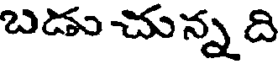
బడు చున్న ది